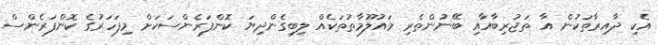
އެކި ދާއިރާތަކުން އާ ތަޖުރިބާއާއި ބޭނުންތެރި މައުލޫމާތުތަކެއް ލިބިގެންދިޔަ ކޮންފަރެންސަކަށް މިފަހަރުގެ ކޮންފަރެންސް